Note on the mental hospitals in Burma - 1925-1940
Year: 1925
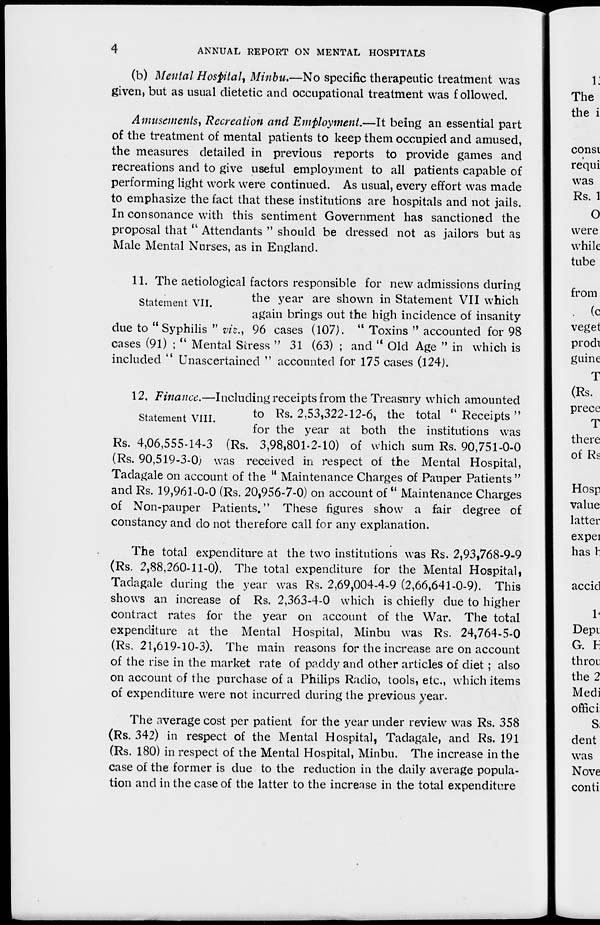
4
ANNUAL REPORT ON MENTAL HOSPITALS
(b) Mental Hospital, Minbu.—No specific therapeutic treatment was
given, but as usual dietetic and occupational treatment was followed.
Amusements, Recreation and Employment.—It being an essential part
of the treatment of mental patients to keep them occupied and amused,
the measures detailed in previous reports to provide games and
recreations and to give useful employment to all patients capable of
performing light work were continued. As usual, every effort was made
to emphasize the fact that these institutions are hospitals and not jails.
In consonance with this sentiment Government has sanctioned the
proposal that '' Attendants " should be dressed not as jailors but as
Male Mental Nurses, as in England.
Statement VII.
11. The aetiological factors responsible for new admissions during
the year are shown in Statement VII which
again brings out the high incidence of insanity
due to "Syphilis " viz., 96 cases (107). ''Toxins " accounted for 98
cases (91) ; " Mental Stress " 31 (63) ; and " Old Age " in which is
included " Unascertained '' accounted for 175 cases (124).
Statement VIII.
12. Finance.—Including receipts from the Treasury which amounted
to Rs. 2,53,322-12-6, the total '''Receipts "
for the year at both the institutions was
Rs. 4,06,555-14-3 (Rs. 3,98,801-2-10) of which sum Rs. 90,751-0-0
(Rs. 90,519-3-0; was received in respect of the Mental Hospital,
Tadagale on account of the ''Maintenance Charges of Pauper Patients "
and Rs. 19,961-0-0 (Rs. 20,956-7-0) on account of " Maintenance Charges
of Non-pauper Patients." These figures show a fair degree of
constancy and do not therefore call for any explanation.
The total expenditure at the two institutions was Rs. 2,93,768-9-9
(Rs. 2,88,260-11-0). The total expenditure for the Mental Hospital,
Tadagale during the year was Rs. 2,69,004-4-9 (2,66,641-0-9). This
shows an increase of Rs. 2,363-4-0 which is chiefly due to higher
contract rates for the year on account of the War. The total
expenditure at the Mental Hospital, Minbu was Rs. 24,764-5-0
(Rs. 21,619-10-3). The main reasons for the increase are on account
of the rise in the market rate of paddy and other articles of diet ; also
on account of the purchase of a Philips Radio, tools, etc., which items
of expenditure were not incurred during the previous year.
The average cost per patient for the year under review was Rs. 358
(Rs. 342) in respect of the Mental Hospital, Tadagale, and Rs. 191
(Rs. 180) in respect of the Mental Hospital, Minbu. The increase in the
case of the former is due to the reduction in the daily average popula-
tion and in the case of the latter to the increase in the total expenditure